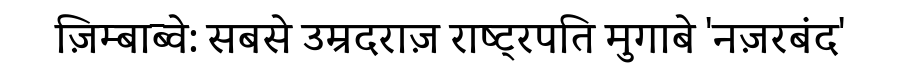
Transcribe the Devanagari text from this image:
ज़िम्बाब्वे: सबसे उम्रदराज़ राष्ट्रपति मुगाबे 'नज़रबंद'